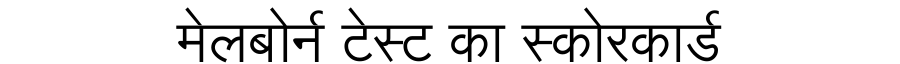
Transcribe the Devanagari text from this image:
मेलबोर्न टेस्ट का स्कोरकार्ड